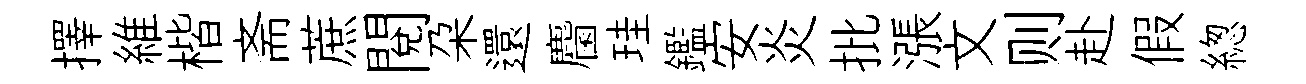
擇維楷斋蔗閲朶還麕珪鑑安炎批漲文则赴假緫